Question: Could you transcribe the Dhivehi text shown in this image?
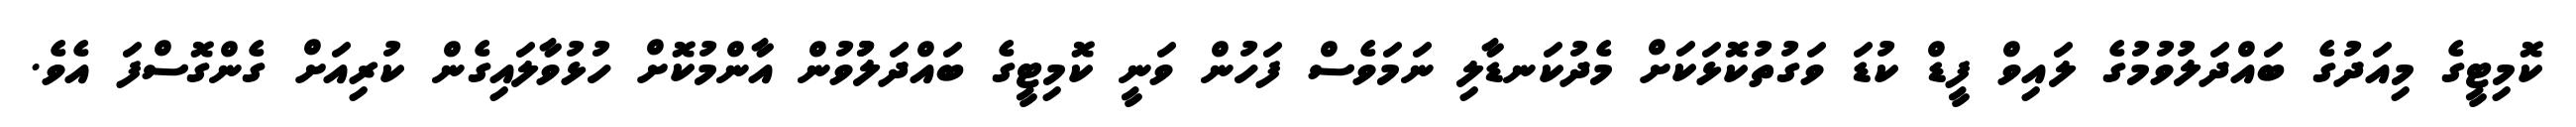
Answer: ކޮމިޓީގެ މިއަދުގެ ބައްދަލުވުމުގެ ލައިވް ފީޑް ކުޑަ ވަގުތުކޮޅަކަށް މެދުކަނޑާލި ނަމަވެސް ފަހުން ވަނީ ކޮމިޓީގެ ބައްދަލުުވުން އާންމުކޮށް ހުޅުވާލައިގެން ކުރިއަށް ގެންގޮސްފަ އެވެ.